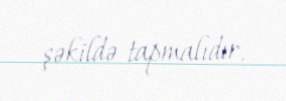
şəkildə tapmalıdır.